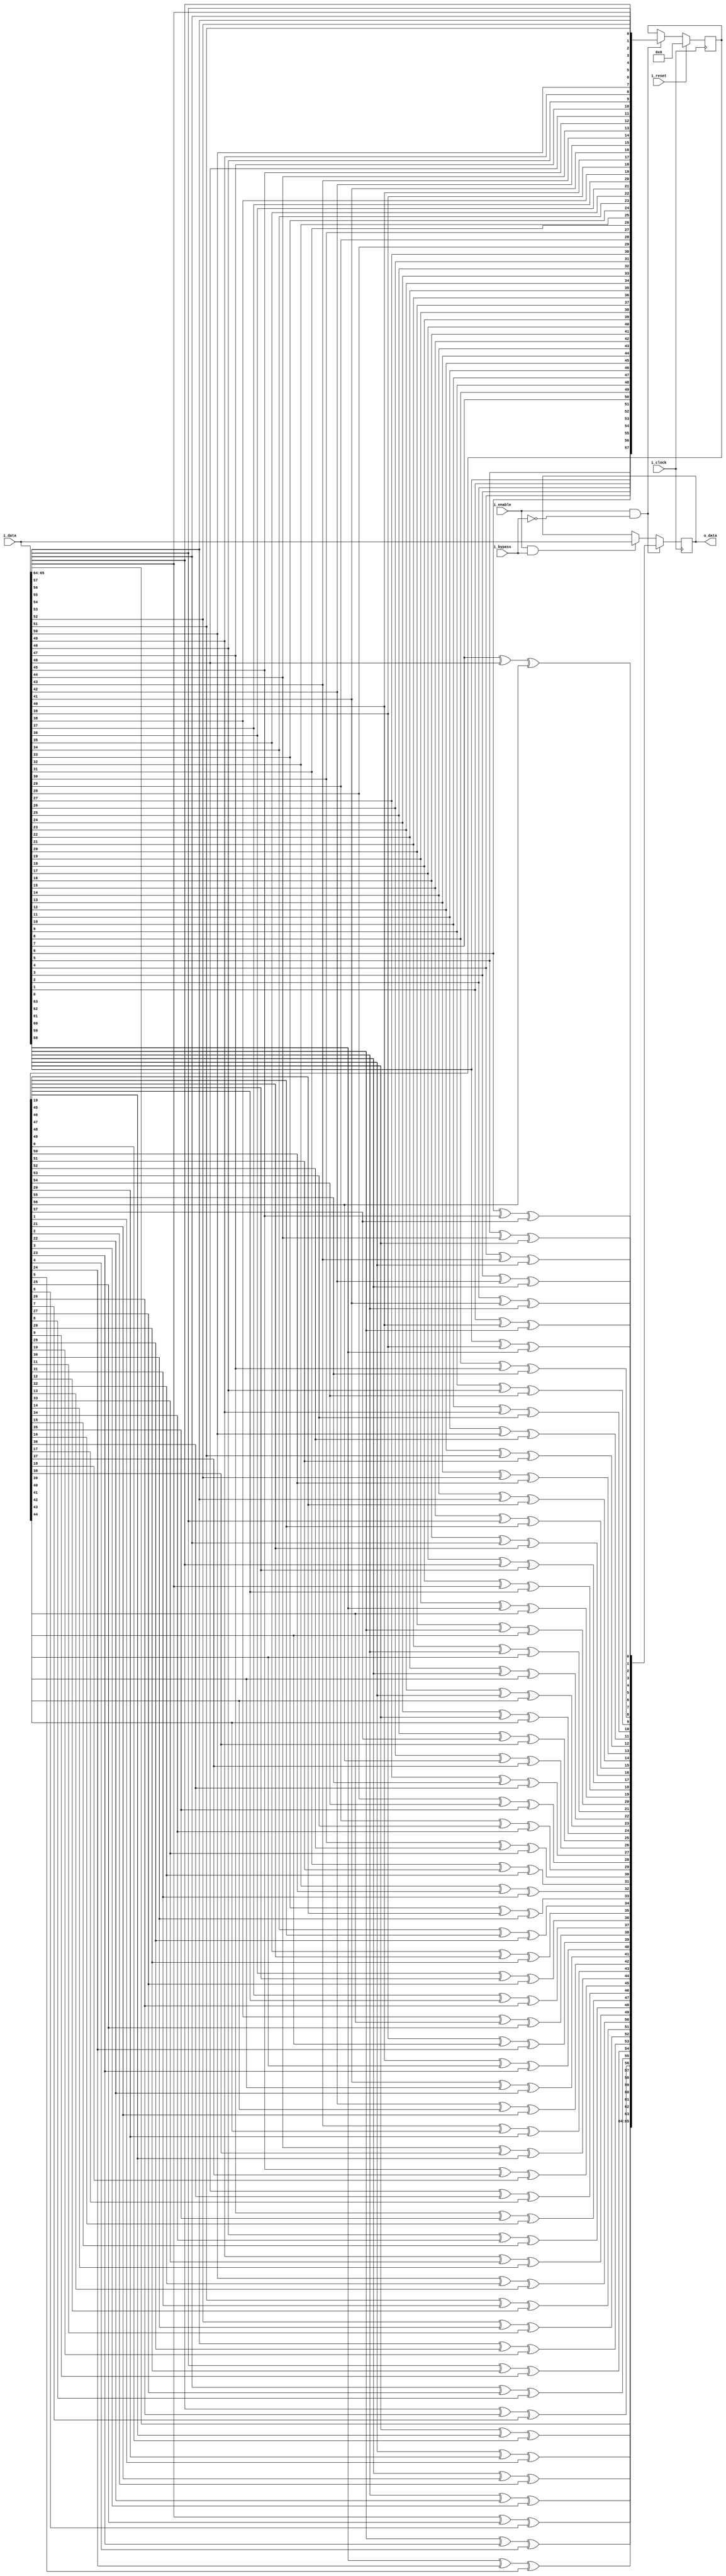



module descrambler
#(
	parameter LEN_SCRAMBLER   = 58,
	parameter LEN_CODED_BLOCK = 66,
	parameter SEED			  = 0 //verificar de que tamanio
 )
 (
 	input wire  						i_clock,
 	input wire  						i_reset,
 	input wire  						i_enable,
 	input wire							i_bypass,
 	input wire  [LEN_CODED_BLOCK-1 : 0] i_data,

 	output wire [LEN_CODED_BLOCK-1 : 0] o_data
 );

//LOCALPARAM
localparam NB_SH = 2;
//INTERNAL SIGNALS

integer i;
wire [NB_SH-1 : 0]			 sync_header;
(* keep = "true" *) reg  [LEN_CODED_BLOCK-1 : 0] output_data;
reg  [LEN_CODED_BLOCK-1 : 0] descrambled_data;

(* keep = "true" *)reg  [LEN_SCRAMBLER-1   : 0] descrambler_state;
//reg  [LEN_SCRAMBLER-1   : 0] descrambler_state;
reg  [LEN_SCRAMBLER-1   : 0] descrambler_state_next;
reg out_bit_N;

assign sync_header = i_data[LEN_CODED_BLOCK-1 -: 2];

//PORTS
assign o_data = output_data;

//descrambler state
always @(posedge i_clock)
begin
	if (i_reset)
		descrambler_state <= SEED;
	else if (i_enable && (!i_bypass))
 		descrambler_state <= descrambler_state_next;


end

//output
 always @ (posedge i_clock)
 begin

 	if (i_enable && (!i_bypass))begin
 		output_data <= descrambled_data;
 	end
 	else if (i_enable &&  i_bypass)begin
 		output_data <= i_data;
 	end
 end


//ALGORITHM BEGIN
always @ *
begin
	out_bit_N = 0;
	descrambled_data = { sync_header,{LEN_CODED_BLOCK-2{1'b0}} };
	descrambler_state_next = descrambler_state;
	for(i=LEN_CODED_BLOCK-3; i>=0; i=i-1)
	begin
		//out_bit_N = (i_data[i] ^ descrambler_state_next[38] ^ descrambler_state_next[57]);
		out_bit_N = (i_data[i] ^ descrambler_state_next[57-38] ^ descrambler_state_next[0]);
		descrambled_data[i] = out_bit_N;
		descrambler_state_next = {i_data[i],descrambler_state_next[LEN_SCRAMBLER-1 : 1]};
	end
end


endmodule